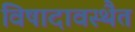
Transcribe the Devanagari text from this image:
विषादावस्थैत